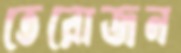
তেরোজন